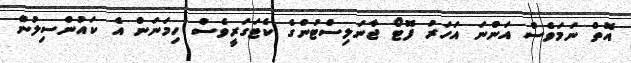
އޮތް ނަމަވެސް އަންނަ އަހަރު ފޮޓޯ ޖާނަލިސްޓުންގެ ކެޓަގަރީވެސް ހިމަނަން އެ ކައުންސިލުން